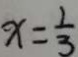
x = \frac { 1 } { 3 }